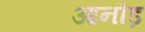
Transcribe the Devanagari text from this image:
आनौड़